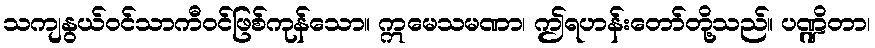
သကျနွယ်ဝင်သာကီဝင်ဖြစ်ကုန်သော။ ဣမေသမဏာ၊ ဤရဟန်းတော်တို့သည်။ ပဏ္ဍိတာ၊